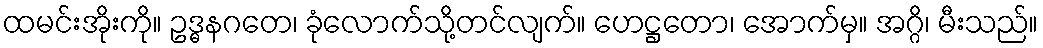
ထမင်းအိုးကို။ ဥဒ္ဓနဂတေ၊ ခုံလောက်သို့တင်လျက်။ ဟေဋ္ဌတော၊ အောက်မှ။ အဂ္ဂိ၊ မီးသည်။